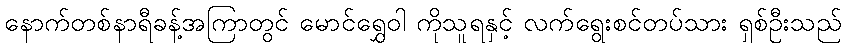
နောက်တစ်နာရီခန့်အကြာတွင် မောင်ရွှေဝါ ကိုသူရနှင့် လက်ရွေးစင်တပ်သား ရှစ်ဦးသည်